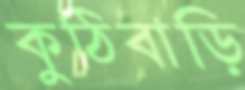
কুঠিবাড়ি